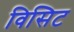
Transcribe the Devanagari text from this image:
विसिट